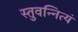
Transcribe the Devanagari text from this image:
स्तुवन्नित्यं